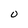
Character: 0